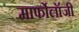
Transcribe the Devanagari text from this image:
मार्फोलॉजी